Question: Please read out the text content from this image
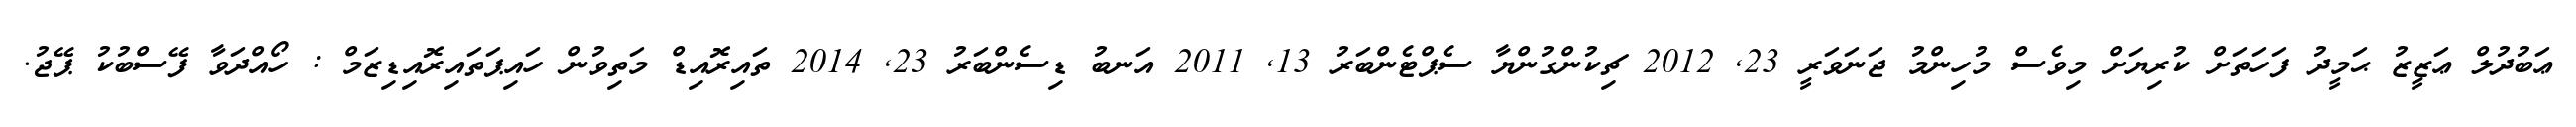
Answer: ޢަބުދުލް ޢަޒީޒު ޙަމީދު ފަހަތަށް ކުރިޔަށް މިވެސް މުހިންމު ޖަނަވަރީ 23, 2012 ޗިކުންގުންޔާ ސެޕްޓެންބަރު 13, 2011 އަނބު ޑިސެންބަރު 23, 2014 ތައިރޮއިޑް މަތިވުން ހައިޕަތައިރޮއިޑިޒަމް : ހޯއްދަވާ ފޭސްބުކު ޕޭޖު.